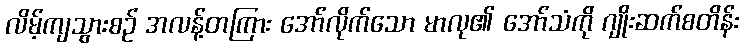
လိမ့်ကျသွားစဉ် အလန့်တကြား အော်လိုက်သော မာလု၏ အော်သံကို ဂျိုးဆက်စတိန်း